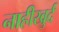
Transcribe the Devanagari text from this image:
नाहीखुर्द